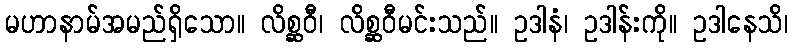
မဟာနာမ်အမည်ရှိသော။ လိစ္ဆဝီ၊ လိစ္ဆဝီမင်းသည်။ ဥဒါနံ၊ ဥဒါန်းကို။ ဥဒါနေသိ၊